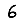
Digit: 6